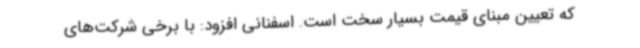
که تعیین مبنای قیمت بسیار سخت است. اسفنانی افزود: با برخی شرکت‌های